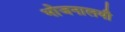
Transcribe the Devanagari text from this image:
भोजनालयौ